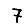
Digit: 7